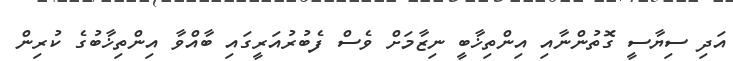
އަދި ސިޔާސީ ގޮތުންނާއި އިންތިޚާބީ ނިޒާމަށް ވެސް ފެބުރުއަރީގައި ބާއްވާ އިންތިޚާބުގެ ކުރިން